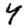
Digit: 4